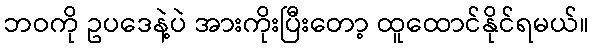
ဘဝကို ဥပဒေနဲ့ပဲ အားကိုးပြီးတော့ ထူထောင်နိုင်ရမယ်။